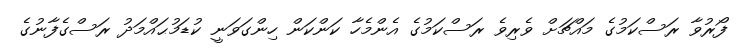
ފޯރުވާ ރަސްކަމުގެ މައްޗަށް ވެރިވެ ރަސްކަމުގެ އެންމެހާ ކަންކަން ހިންގަވަނީ ކުޑަމުޙައްމަދު ރަސްގެފާނުގެ